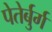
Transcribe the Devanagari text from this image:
पेतेर्बुर्ग